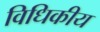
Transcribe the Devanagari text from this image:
विधिकीय